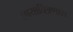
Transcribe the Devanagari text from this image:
छायाचित्रणास